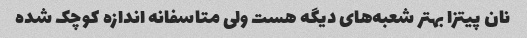
نان پیتزا بهتر شعبه‌های دیگه هست ولی متاسفانه اندازه کوچک شده